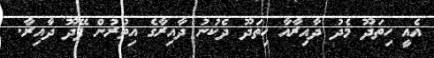
އެއީ ހިތަދޫ މެދު ދާއިރާއާ ހިތަދޫ ދެކުނު ދާއިރާގެ އިތުރުން ފޭދޫ ދާއިރާ.